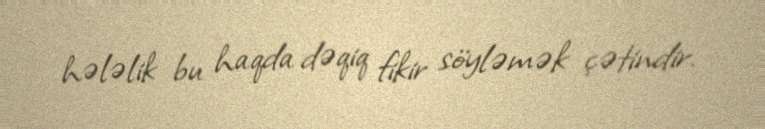
hələlik bu haqda dəqiq fikir söyləmək çətindir.